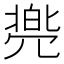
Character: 𱏫